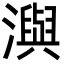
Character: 㵰